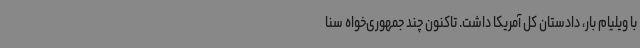
با ویلیام بار، دادستان کل آمریکا داشت. تاکنون چند جمهوری‌خواه سنا